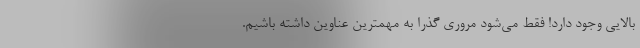
بالایی وجود دارد! فقط می‌شود مروری گذرا به مهمترین عناوین داشته باشیم.